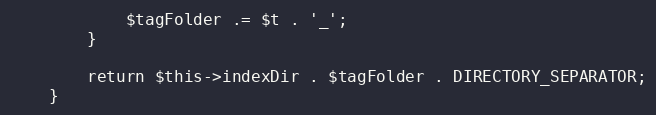
Language: PHP
            $tagFolder .= $t . '_';
        }

        return $this->indexDir . $tagFolder . DIRECTORY_SEPARATOR;
    }